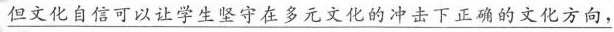
\underline{但文化自信可以让学生坚守在多元文化的冲击下正确的文化方向，}